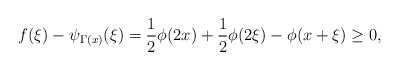
\begin{align*}f(\xi)-\psi_{\Gamma(x)}(\xi)=\frac{1}{2}\phi(2x)+\frac{1}{2}\phi(2\xi)-\phi(x+\xi)\geq0,\end{align*}